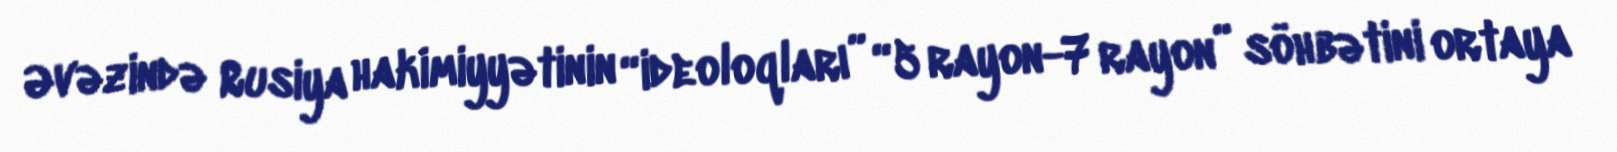
Əvəzində Rusiya hakimiyyətinin “ideoloqları” “5 rayon-7 rayon” söhbətini ortaya